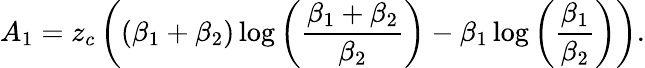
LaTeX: A_{1}=z_{c}\left(\left(\beta_{1}+\beta_{2}\right)\log{\left(\frac{\beta_{1}+\beta_{2}}{\beta_{2}}\right)}-\beta_{1}\log{\left(\frac{\beta_{1}}{\beta_{2}}\right)}\right).